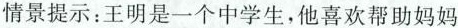
情景提示：王明是一个中学生，他喜欢帮助妈妈